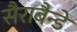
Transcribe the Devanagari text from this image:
सैराबैन्डे